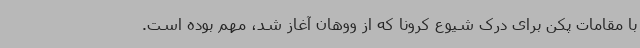
با مقامات پکن برای درک شیوع کرونا که از ووهان آغاز شد، مهم بوده است.